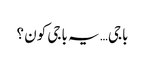
باجی… یہ باجی کون ؟